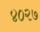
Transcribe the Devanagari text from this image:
४०२७